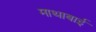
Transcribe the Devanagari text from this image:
माथाबाई